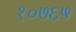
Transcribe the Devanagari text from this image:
१०७६५